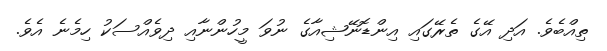
ތިއްބެވެ. އަދި އޭގެ ތެރޭގައި އިންޑޮނޭޝިއާގެ ނުވަ މީހުންނާއި ދިވެއްސަކު ހިމެނެ އެވެ.